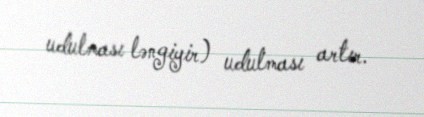
udulması ləngiyir) udulması artır.